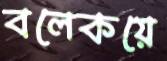
বলেকয়ে